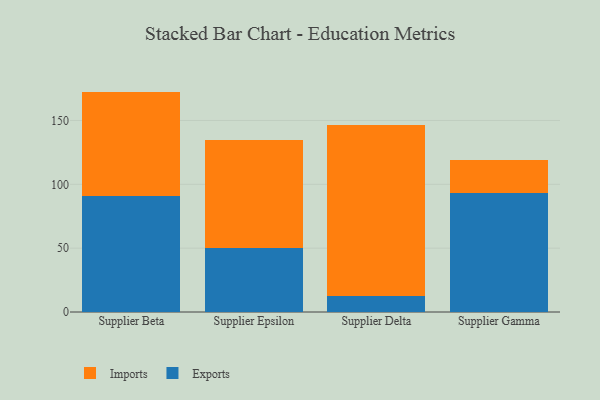
{"axis": {"x": "Supplier", "y": "Satisfaction Score"}, "legend": ["Exports", "Imports"], "data": [{"x": "Supplier Beta", "y": 91.1, "type": "Exports"}, {"x": "Supplier Beta", "y": 81.5, "type": "Imports"}, {"x": "Supplier Epsilon", "y": 50.2, "type": "Exports"}, {"x": "Supplier Epsilon", "y": 84.8, "type": "Imports"}, {"x": "Supplier Delta", "y": 12.2, "type": "Exports"}, {"x": "Supplier Delta", "y": 134.3, "type": "Imports"}, {"x": "Supplier Gamma", "y": 93.5, "type": "Exports"}, {"x": "Supplier Gamma", "y": 25.7, "type": "Imports"}]}